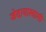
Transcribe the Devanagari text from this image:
जेदायास्वामी